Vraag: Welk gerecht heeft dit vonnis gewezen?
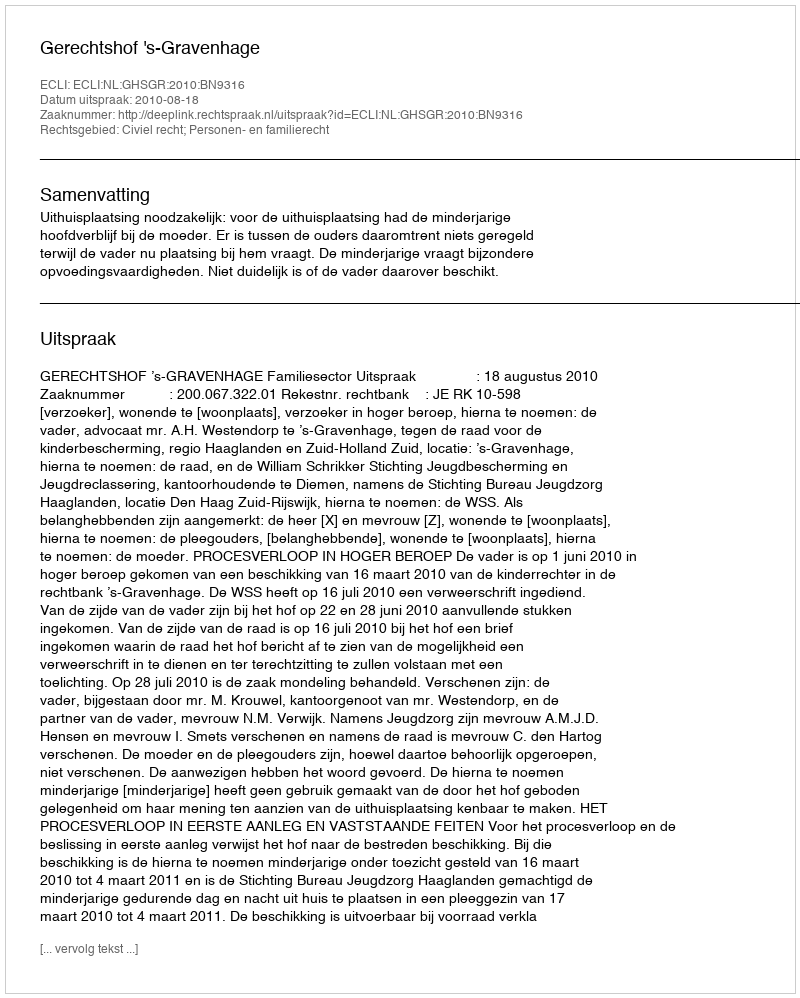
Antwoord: Gerechtshof 's-Gravenhage